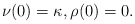
\begin{align*} \nu(0)=\kappa,\rho(0)=0.\end{align*}